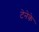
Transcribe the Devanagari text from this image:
टेनेके